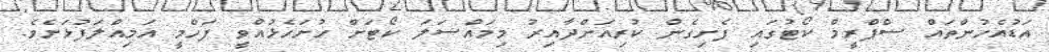
އަޑުއެހުންތައް ސްޕްރީމް ކޯޓުގައި ފެށިގެން ކުރިއަށްދާއިރު މިމައްސަލަ ކޯޓަށް ހުށަހެޅުއްވީ ފަހްމީ އަމިއްލަފުޅަށެވެ.